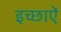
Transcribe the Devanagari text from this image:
इच्छाऐं